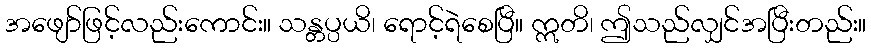
အဖျော်ဖြင့်လည်းကောင်း။ သန္တပ္ပယိ၊ ရောင့်ရဲစေပြီ။ ဣတိ၊ ဤသည်လျှင်အပြီးတည်း။